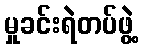
မှုခင်းရဲတပ်ဖွဲ့